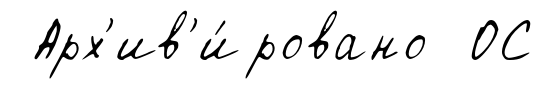
Арх'ив'и́ровано ОС